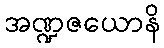
အဏ္ဍဇယောနိ